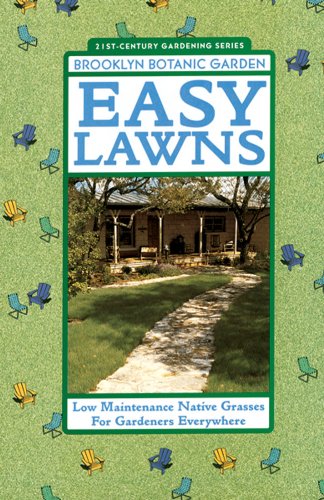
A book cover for Easy Lawns (Brooklyn Botanic Garden All-Region Guide); Brooklyn Botanic Garden; Crafts, Hobbies & Home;